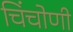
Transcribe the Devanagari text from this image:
चिंचोणी